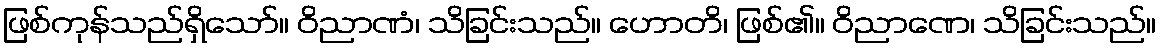
ဖြစ်ကုန်သည်ရှိသော်။ ဝိညာဏံ၊ သိခြင်းသည်။ ဟောတိ၊ ဖြစ်၏။ ဝိညာဏေ၊ သိခြင်းသည်။